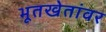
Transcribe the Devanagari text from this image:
भूतखेतांवर